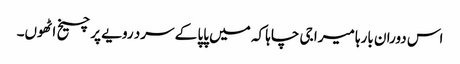
اس دوران بارہا میرا جی چاہا کہ میں پاپا کے سرد رویے پر چیخ اٹھوں۔